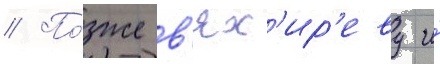
// По́зже в'ях'ир'еву и́